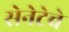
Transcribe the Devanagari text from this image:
सेनेटेचे